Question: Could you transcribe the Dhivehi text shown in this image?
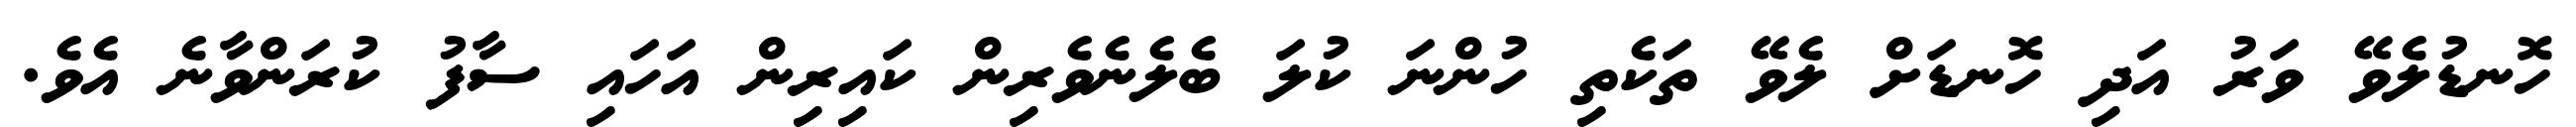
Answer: ހޮނޑުލެވޭ ވަރު އަދި ހޮނޑަށް ލެވޭ ތަކެތި ހުންނަ ކުލަ ބެލެނެވެރިން ކައިރިން އަހައި ސާފު ކުރަންވާނެ އެވެ.